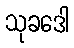
သုခဒေါ